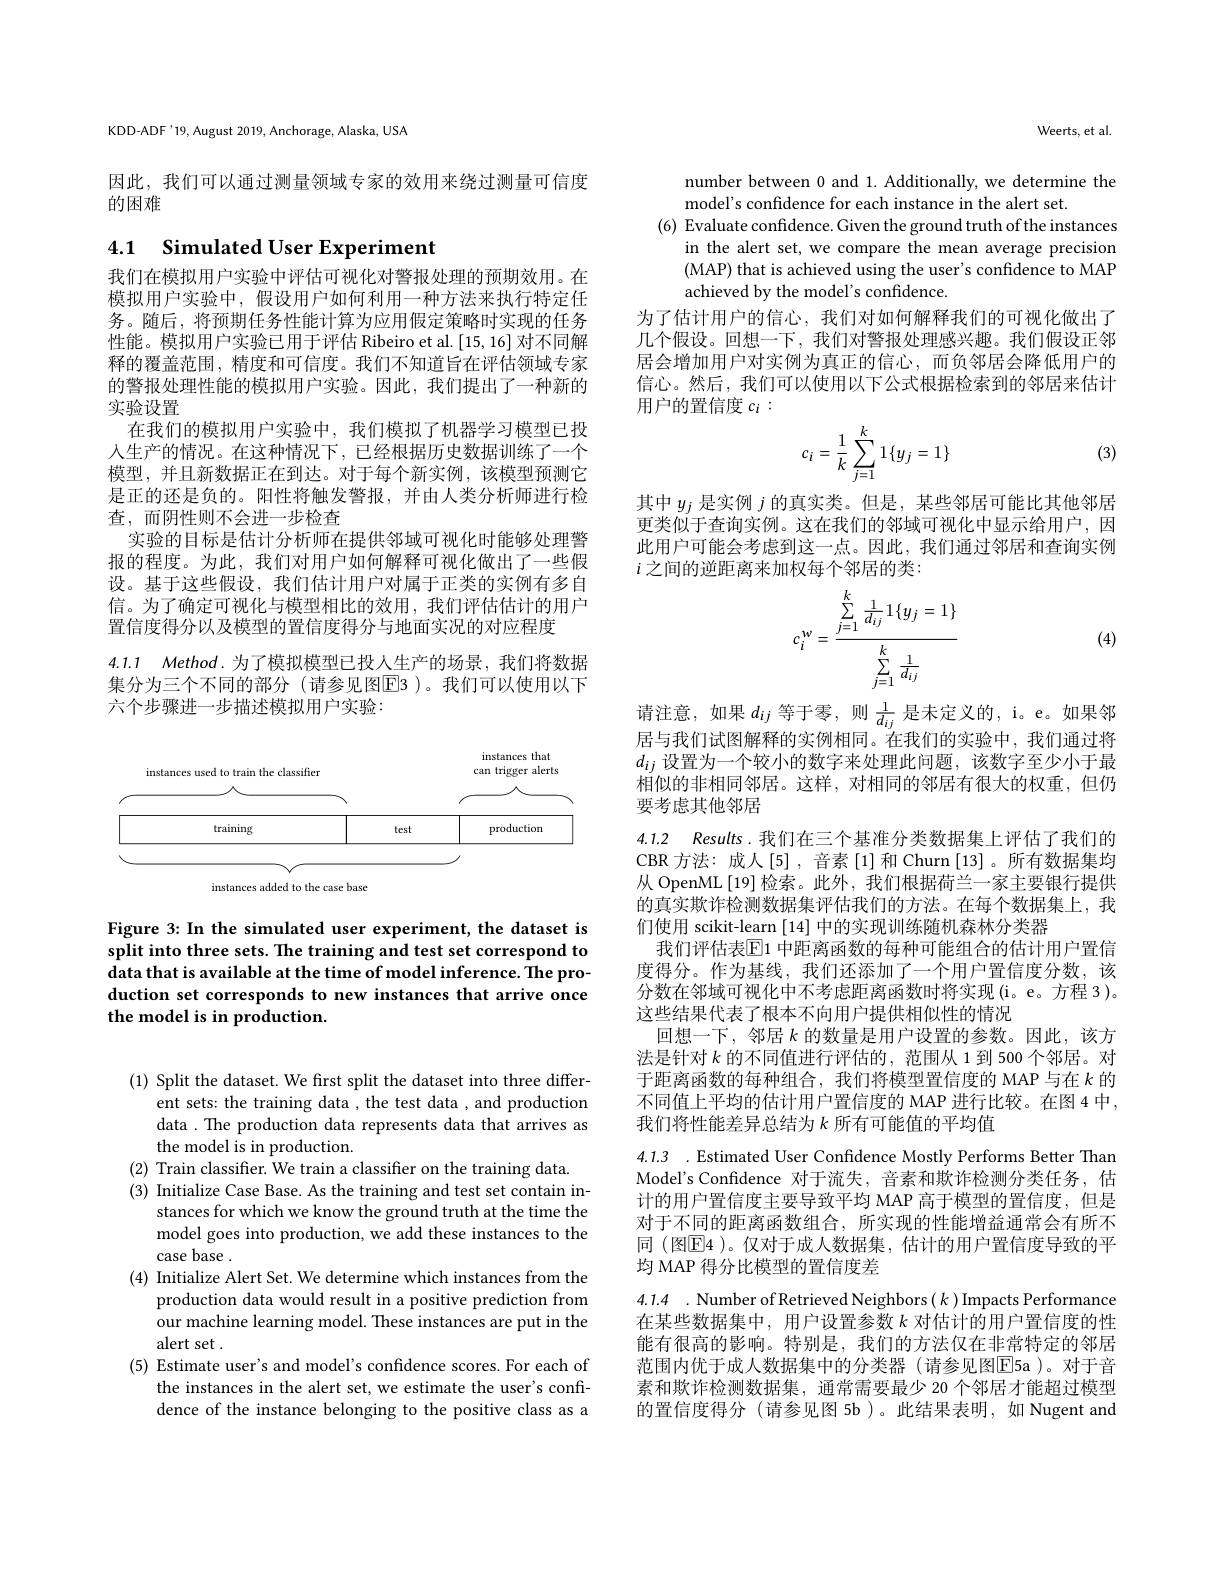
KDD-ADF'19, August 2019, Anchorage, Alaska, USA

因此，我们可以通过测量领域专家的效用来绕过测量可信度
的困难

# 4.1 Simulated User Experiment

我们在模拟用户实验中评估可视化对警报处理的预期效用。在模拟用户实验中，假设用户如何利用一种方法来执行特定任务。随后，将预期任务性能计算为应用假定策略时实现的任务性能。模拟用户实验已用于评估 Ribeiro et al.[15,16] 对不同解释的覆盖范围，精度和可信度。我们不知道旨在评估领域专家的警报处理性能的模拟用户实验。因此，我们提出了一种新的实验设置
在我们的模拟用户实验中，我们模拟了机器学习模型已投人生产的情况。在这种情况下，已经根据历史数据训练了一个模型，并且新数据正在到达。对于每个新实例，该模型预测它是正的还是负的。阳性将触发警报，并由人类分析师进行检查，而阴性则不会进一步检查
实验的目标是估计分析师在提供邻域可视化时能够处理警报的程度。为此，我们对用户如何解释可视化做出了一些假设。基于这些假设，我们估计用户对属于正类的实例有多自信。为了确定可视化与模型相比的效用，我们评估估计的用户置信度得分以及模型的置信度得分与地面实况的对应程度

4.1.1 $Method.$为了模拟模型已投人生产的场景，我们将数据集分为三个不同的部分(请参见图$\boxed{\mathrm{E}}3$)。我们可以使用以下六个步骤进一步描述模拟用户实验：

<FigureHere>

Figure 3: In the simulated user experiment, the dataset is split into three sets. The training and test set correspond to data that is available at the time of model inference. The production set corresponds to new instances that arrive once the model is in production.

Weerts, et al.

number between 0 and 1. Additionally, we determine the
model's confidence for each instance in the alert set.
(6) Evaluate confidence. Given the ground truth of the instances
in the alert set, we compare the mean average precision (MAP) that is achieved using the user's confidence to MAP achieved by the model's confidence.
为了估计用户的信心，我们对如何解释我们的可视化做出了几个假设。回想一下，我们对警报处理感兴趣。我们假设正邻居会增加用户对实例为真正的信心，而负邻居会降低用户的信心。然后，我们可以使用以下公式根据检索到的邻居来估计用户的置信度$c_i:$
$$c_i=\dfrac{1}{k}\sum_{j=1}^k1\{y_j=1\}$$
(3)

其中$y_j$是实例$j$的真实类。但是，某些邻居可能比其他邻居更类似于查询实例。这在我们的邻域可视化中显示给用户，因此用户可能会考虑到这一点。因此，我们通过邻居和查询实例$i$之间的逆距离来加权每个邻居的类：
$$c_i^w=\frac{\sum\limits_{j=1}^k\frac{1}{d_{ij}}1\{y_j=1\}}{\sum\limits_{j=1}^k\frac{1}{d_{ij}}}$$
(4)

请注意，如果$d_ij$等于零，则$\frac1{d_{ij}}$是未定义的，i。e。如果邻居与我们试图解释的实例相同。在我们的实验中，我们通过将$d_{ij}$设置为一个较小的数字来处理此问题，该数字至少小于最相似的非相同邻居。这样，对相同的邻居有很大的权重，但仍要考虑其他邻居

4.1.2 Results.我们在三个基准分类数据集上评估了我们的

CBR 方法：成人[5] , 音素 [1] 和 Churn [13]。所有数据集均从 OpenML [19]检索。此外，我们根据荷兰一家主要银行提供的真实欺诈检测数据集评估我们的方法。在每个数据集上，我们使用 scikit-learn [14]中的实现训练随机森林分类器
我们评估表$\boxed{\mathrm{E}}$1 中距离函数的每种可能组合的估计用户置信度得分。作为基线，我们还添加了一个用户置信度分数，该分数在邻域可视化中不考虑距离函数时将实现(i。e。方程 3)。这些结果代表了根本不向用户提供相似性的情况
回想一下，邻居$k$的数量是用户设置的参数。因此，该方法是针对$k$的不同值进行评估的，范围从 1 到 500 个邻居。对于距离函数的每种组合，我们将模型置信度的 MAP 与在$k$的不同值上平均的估计用户置信度的 MAP 进行比较。在图 4 中， 我们将性能差异总结为$k$ 所有可能值的平均值

4.1.3 .Estimated User Confidence Mostly Performs Better Than Model's Confidence 对于流失，音素和欺诈检测分类任务，估计的用户置信度主要导致平均 MAP 高于模型的置信度，但是对于不同的距离函数组合，所实现的性能增益通常会有所不同 (图$\overline{\mathrm{E}}$4 )。仅对于成人数据集，估计的用户置信度导致的平均 MAP 得分比模型的置信度差
4.1.4 .Number of Retrieved Neighbors $(k)$Impacts Performance 在某些数据集中，用户设置参数$k$对估计的用户置信度的性能有很高的影响。特别是，我们的方法仅在非常特定的邻居范围内优于成人数据集中的分类器 (请参见图E5a )。对于音素和欺诈检测数据集，通常需要最少 20 个邻居才能超过模型的置信度得分 (请参见图 5b)。此结果表明，如 Nugent and

(1) Split the dataset. We first split the dataset into three differ-
ent sets: the training data , the test data , and production data . The production data represents data that arrives as the model is in production.
(2) Train classifier. We train a classifier on the training data.
(3) Initialize Case Base. As the training and test set contain in-
stances for which we know the ground truth at the time the model goes into production, we add these instances to the case base .
(4) Initialize Alert Set. We determine which instances from the
production data would result in a positive prediction from our machine learning model. These instances are put in the alert set .
(5) Estimate user's and model's confidence scores. For each of
the instances in the alert set, we estimate the user's confidence of the instance belonging to the positive class as a